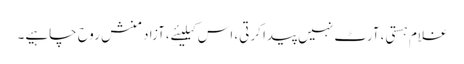
غلام ہستی، آرٹ نہیں پیدا کرتی، اس کیلیئے،آزاد منش روح چاہیے۔